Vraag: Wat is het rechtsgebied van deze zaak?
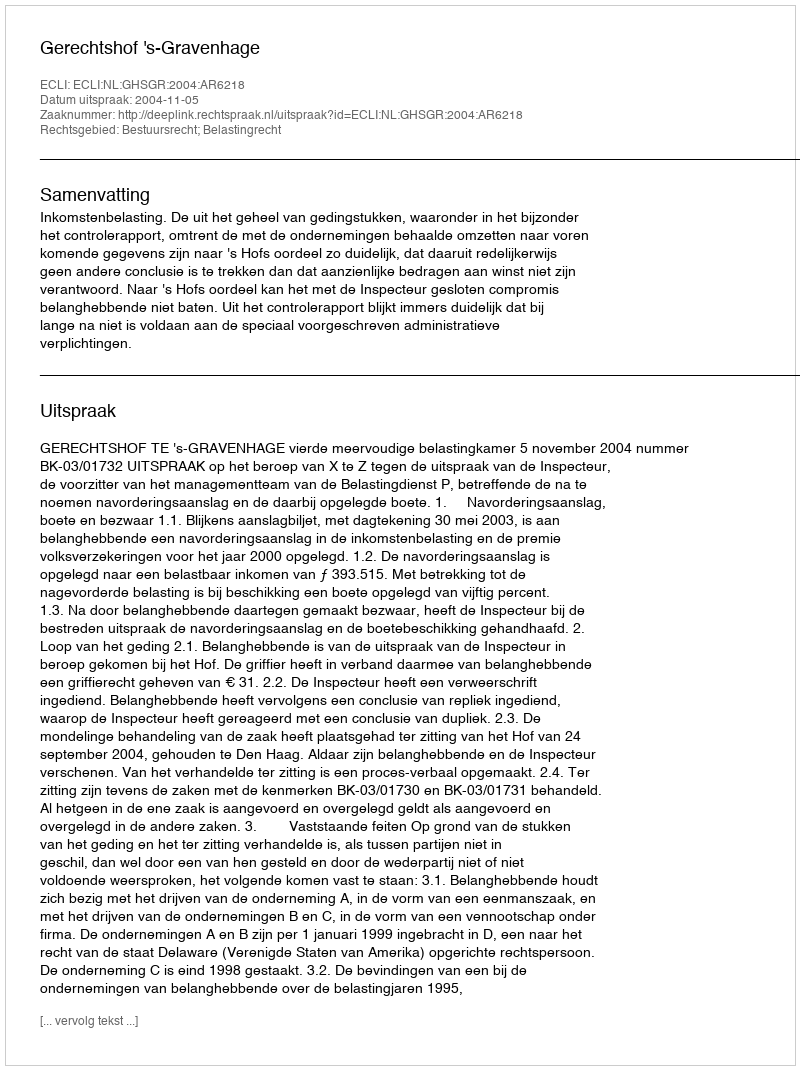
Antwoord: Bestuursrecht; Belastingrecht